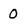
Character: 0